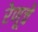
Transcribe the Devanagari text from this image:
रेणूचे